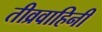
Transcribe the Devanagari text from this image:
तीव्रवाहिनी